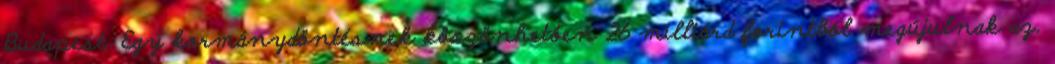
Budapest. Egy kormánydöntésnek köszönhetően 26 milliárd forintból megújulnak az.